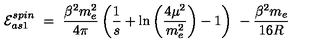
{ \cal E } _ { a s 1 } ^ { s p i n } \ = \ \frac { \beta ^ { 2 } m _ { e } ^ { 2 } } { 4 \pi } \left( \frac 1 s + \ln \left( \frac { 4 \mu ^ { 2 } } { m _ { e } ^ { 2 } } \right) - 1 \right) \- \ - \frac { \beta ^ { 2 } m _ { e } } { 1 6 R }